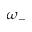
\omega _ { - }